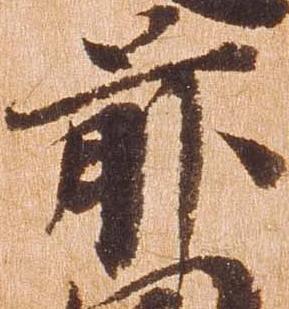
前